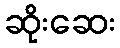
ဆိုးဆေး